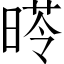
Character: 𣉏